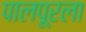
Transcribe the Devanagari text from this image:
पालपूरला